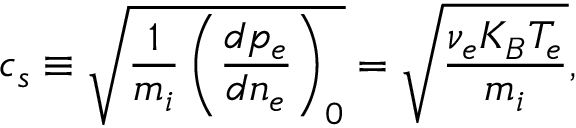
c _ { s } \equiv \sqrt { \frac { 1 } { m _ { i } } \left( \frac { d p _ { e } } { d n _ { e } } \right) _ { 0 } } = \sqrt { \frac { \nu _ { e } K _ { B } T _ { e } } { m _ { i } } } ,